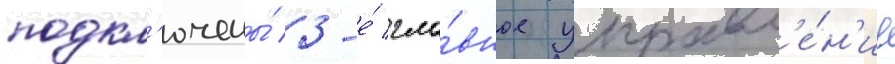
подкл'ючены́ 3-е́ гла́вное управл'е́н'ие